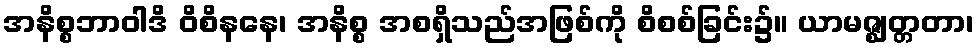
အနိစ္စဘာဝါဒိ ဝိစိနနေ၊ အနိစ္စ အစရှိသည်အဖြစ်ကို စိစစ်ခြင်း၌။ ယာမဇ္ဈတ္တတာ၊